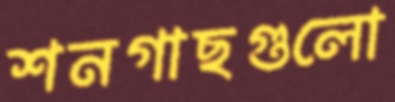
শনগাছগুলো